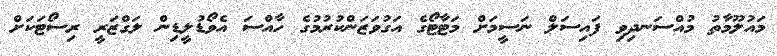
މައުލޫމާތު މުއްސަނދިވި ފައިސަލް ނަސީމަށް މަޓާޓޯގެ އަގުވަޒަންކުރުމުގެ ހާއްސަ އެވޯޑުލީޑިން ލަގްޒަރީ ރިސޯޓަކަށް